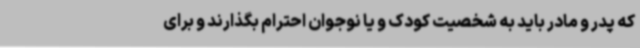
که پدر و مادر باید به شخصیت کودک و یا نوجوان احترام بگذارند و برای